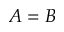
A = B